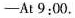
-At 9:00.